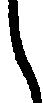
し